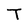
Character: T